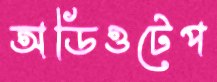
অডিওটেপ